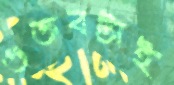
গুজবটাই